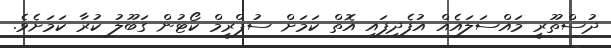
ދުސްތޫރީ މައްސަލައެއް އުފެދިފައި އޮތް ކަމަށް ސުޕްރީމް ކޯޓުން ގަބޫލު ކުރާ ކަމަށެވެ.